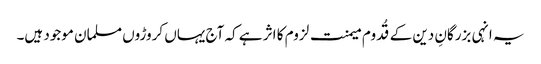
یہ انہی بزرگانِ دین کے قُدوم میمنت لزوم کا اثر ہے کہ آج یہاں کروڑوں مسلمان موجود ہیں۔